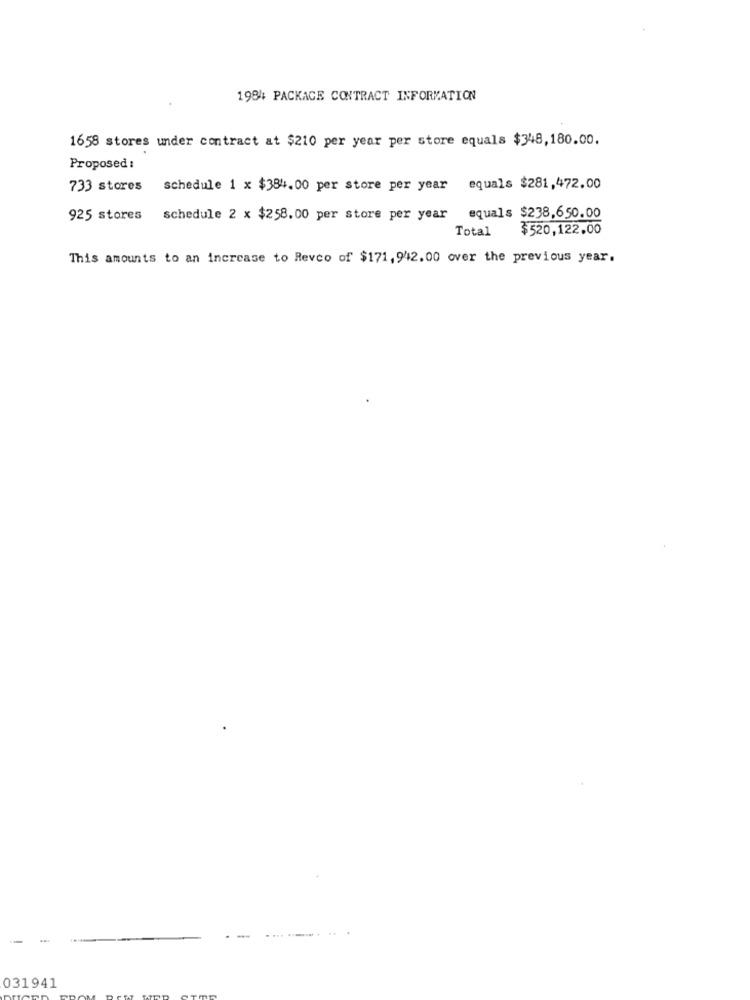
1984 PACKAGE CONTRACT INFORMATION
1658 stores under contract at $210 per year per store equals $348,180.00.
Proposed :
733 stores
schedule 1 x $384.00 per store per year equals $281,472.00
925 stores
schedule 2 x $258. 00 per store per year equals $238,650.00
Total
$520,122.00
This amounts to an increase to Revco of $171, 942.00 over the previous year.
031941